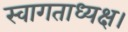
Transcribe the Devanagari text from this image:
स्वागताध्यक्ष।